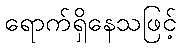
ရောက်ရှိနေသဖြင့်